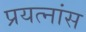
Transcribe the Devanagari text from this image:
प्रयत्नांस